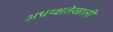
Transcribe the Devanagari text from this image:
अधय्क्षतेखाली